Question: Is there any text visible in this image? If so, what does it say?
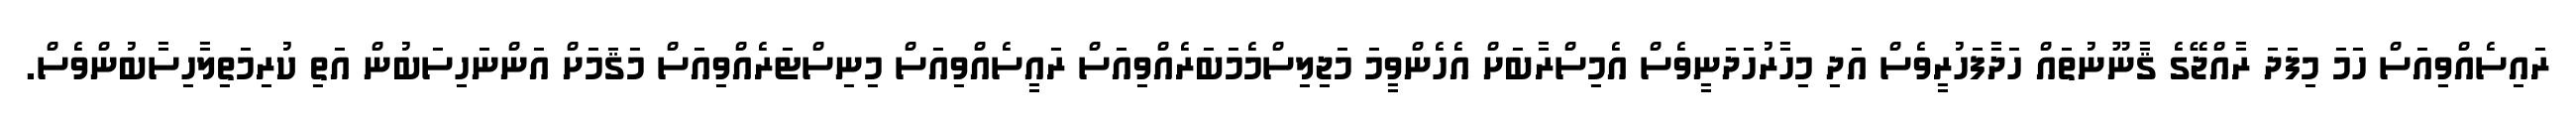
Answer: ރައިސެއްވިއަސް ހަމަ މިފަދަ ރާއްޖޭގެ ޤާނޫނުތައް ހަދާފަހުރީވެސް އަދި މިހާރުހަދަނީވެސް އެމިސްރާބަށް އެހެންވީމަ މަޖިލިސްމެމަބަރެއްވިއަސް ރައީސެއްވިއަސް މިނިސްޓަރެއްވިއަސް މަޤަމަށް އަންނަހިސަބުން އަތި ކުރިމަތިލާހިސާބުންވެސް.